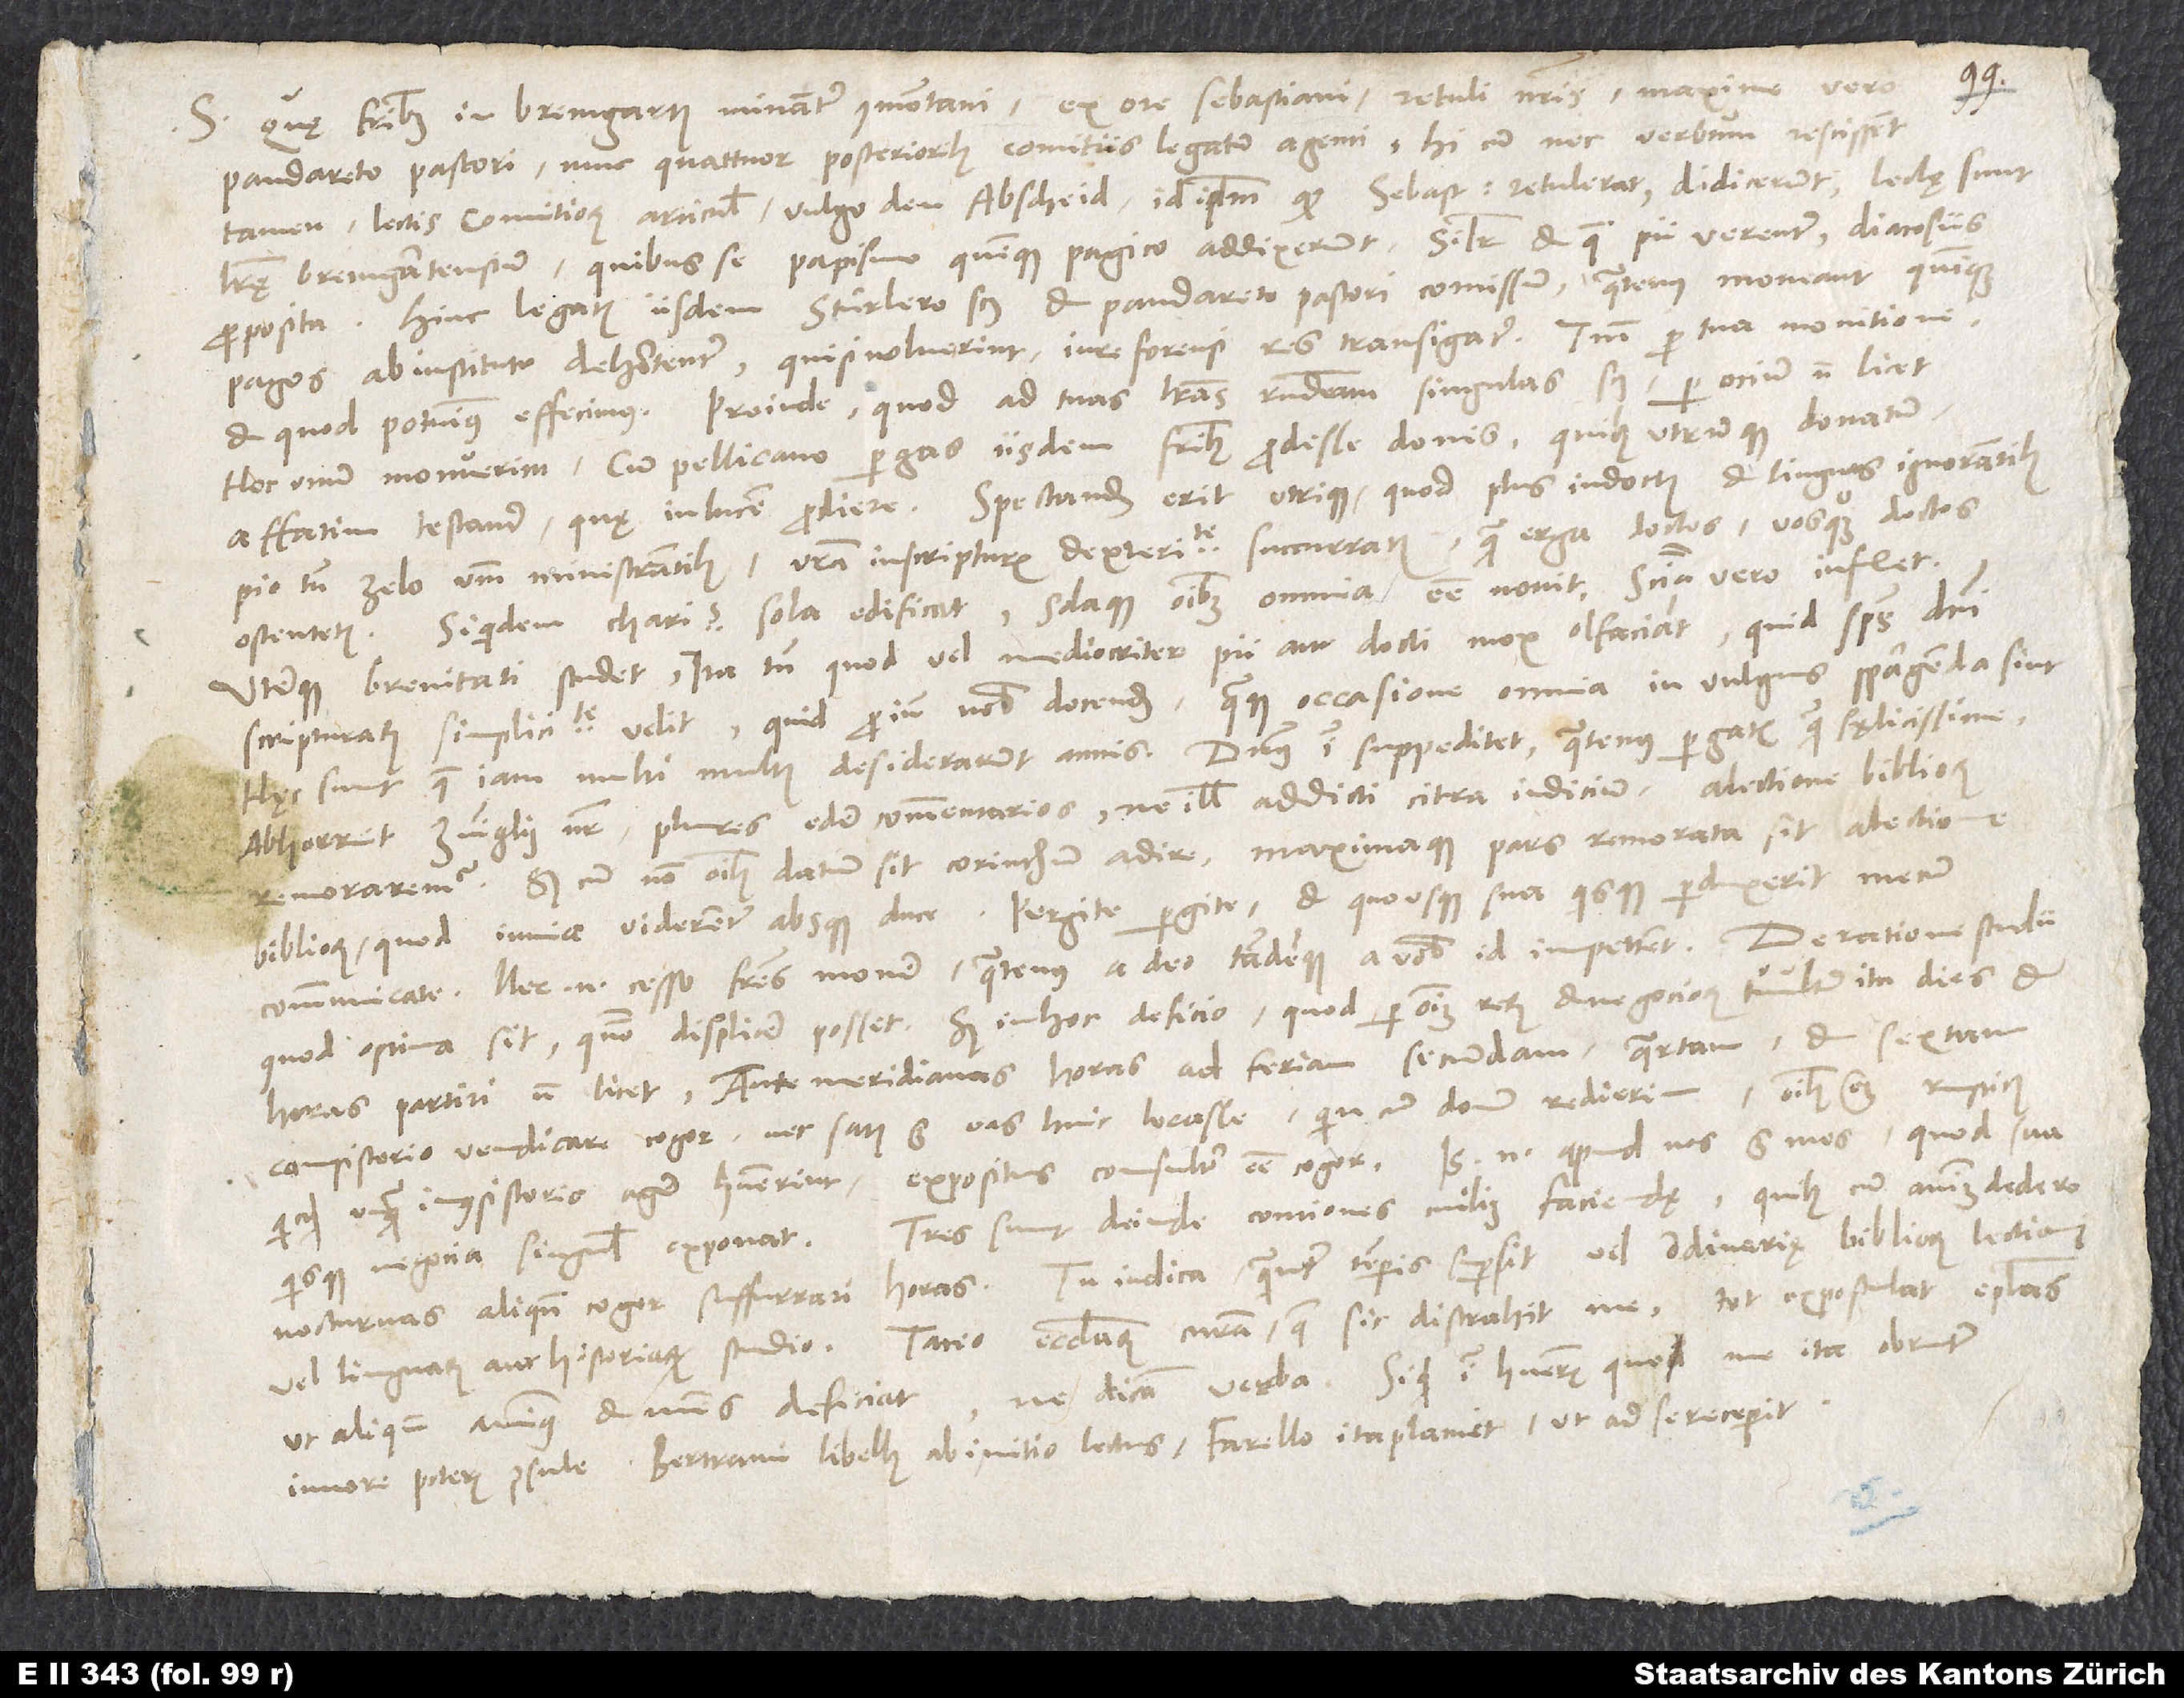
Quę fratribus in Bremgarten minantur Imontani, ex ore Sebastiani retuli nostris, maxime vero
S.
pandareto Pastori nunc quattuor posterioribus comitiis legatum agenti. Hi cum nec verbum rescissent,
tamen lectis comitiorum articulis, vulgo den abscheid, id ipsum, quod Sebastianus retulerat, didicerunt. Lectę sunt
literę Bremgartensium, quibus se papismo Quinquepagico addixerunt, similiter et quae pii verentur, diacosiis
proposita. Hinc legatis iisdem, Stürlero scilicet et pandareto Pastori, comissum, quatenus moneant Quinque
Pagos, ab instituto dehortentur. Qui si noluerint, iure forensi res transigatur. Tantum pro tua monitione,
Hoc unum monuerim, cum Pellicano pergas iisdem fratribus prodesse donis, quibus utrumque donatum
affatim testantur, quę in lucem prodiere. Spectandum erit utrique, quod plus indoctis et linguas ignorantibus,
pio tamen zelo verbum ministrantibus vestra in scripturis dexteritate succurratis, quam erga doctos vos quoque doctos
ostentetis, siquidem charitas sola edificat solaque omnibus omnia esse novit, scientia vero inflet.
Uterque brevitati studet, ita tamen, quod vel mediocriter pii aut docti mox olfaciant, quid spiritus domini
scripturarum simplicitate velit, quid proinde nobis docendum, quaque occasione omnia in vulgus spargenda sint.
Hęc sunt, quae iam multi multis desiderarunt annis. Dominus igitur suppeditet, quatenus pergatis quam fęlicissime.
Abhorruit Zuinglius noster plures edere commentarios, ne illis addicti citra iudicium a lectione bibliorum
remoraremur. Sed cum non omnibus datum sit Corinthum adire maximaque pars remorata sit a lectione
bibliorum, quod invia viderentur absque duce, pergite, pergite, et quousque sua quisque perduxerit, mecum
communicate. Nec enim cesso fratres monere, quatenus a deo tandemque a vobis id impetrent.
quod optima sit, quomodo displicere posset? Sed in hoc deficio, quod per omnium rerum et negociorum tumultum ita dies et
horas partiri non licet. Antemeridianas horas ad feriam secundam, quartam et sextam
consistorio vendicare cogor, nec satis est eas huic locasse, quin cum domum redierim, omnibus etiam rusticis,
quicquid unquam in consistorio agere habuerint, expositus consultor esse cogor. Is enim apud nos est mos, quod sua
quisque negocia singulis exponat. Tres sunt deinde contiones cuilibet faciendae. Quibus cum animum dedero,
nocturnas aliquando cogor suffurari horas. Tu iudica, quantum temporis supersit vel ordinarię bibliorum lectioni
vel linguarum aut historiarum studio. Taceo ecclesiarum curam, quae sic distrahit me, tot expostulat epistolas,
ut aliquando animus et mens deficiat, ne dicam verba. Si quid igitur habueris, quo me ita obrutum
Bertrami libellus ab initio lectus Farello ita placuit, ut ad se receperit.